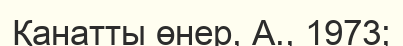
Қанатты өнер, А., 1973;